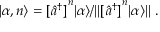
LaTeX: | \alpha , n \rangle = [ { { \hat { a } } ^ { \dagger } ] } ^ { n } | \alpha \rangle / \| [ { { \hat { a } } ^ { \dagger } ] } ^ { n } | \alpha \rangle \| ~ .